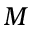
M